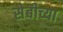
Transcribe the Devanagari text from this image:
सेबीच्या